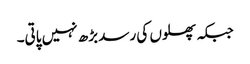
جبکہ پھلوں کی رسد بڑھ نہیں پاتی۔